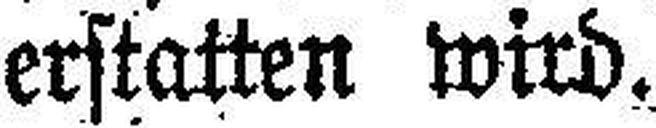
erstatten wird.